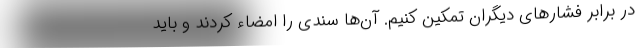
در برابر فشارهای دیگران تمکین کنیم. آن‌ها سندی را امضاء کردند و باید